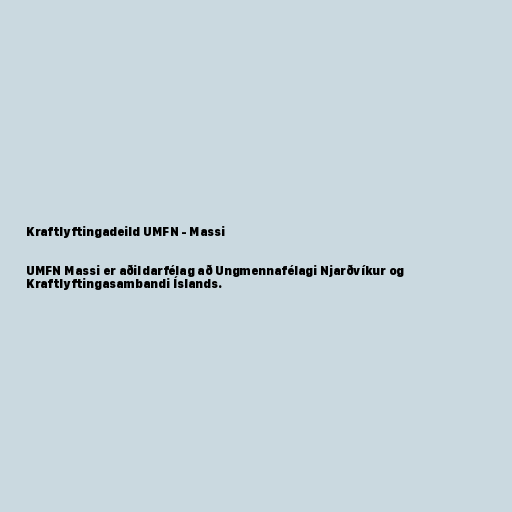
Kraftlyftingadeild UMFN - Massi

UMFN Massi er aðildarfélag að Ungmennafélagi Njarðvíkur og
Kraftlyftingasambandi Íslands.